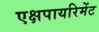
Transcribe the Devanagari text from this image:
एक्षपायरिमेंट